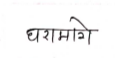
मजकूर: घरामागे